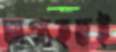
ভাগ্যহতই